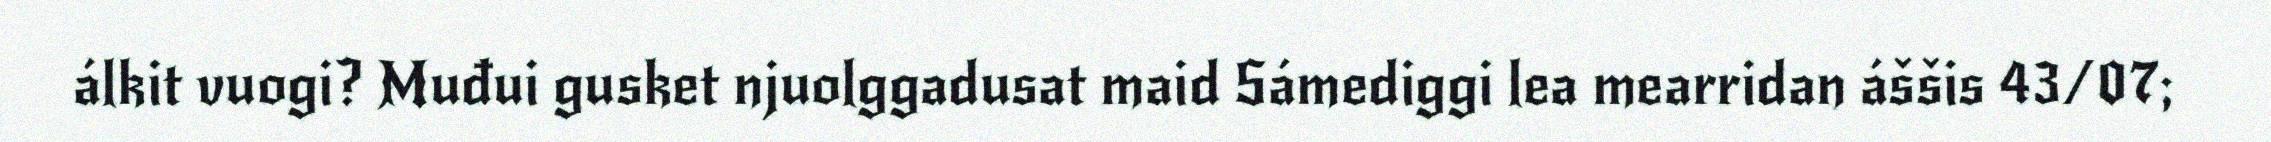
álkit vuogi? Muđui gusket njuolggadusat maid Sámediggi lea mearridan áššis 43/07;